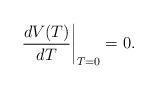
LaTeX: \begin{align*}\left. \frac{d V(T)}{d T} \right|_{T=0} = 0.\end{align*}